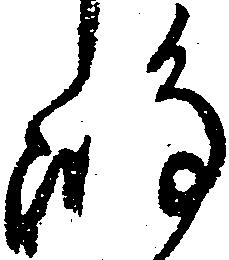
嶋